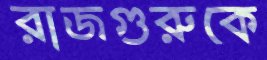
রাজগুরুকে